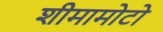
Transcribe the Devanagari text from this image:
शीमामोटो